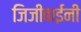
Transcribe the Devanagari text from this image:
जिजीबाईंनी